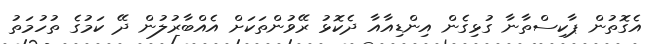
އެގޮތުން ޕާކިސްތާނާ ގުޅިގެން އިންޑިއާއާ ދެކޮޅު ރޭވުންތަކަށް އެއްބާރުލުން ދޭ ކަމުގެ ތުހުމަތު